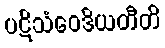
ပဋိသံဝေဒိယတီတိ